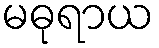
မဓုရာယ